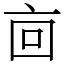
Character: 㐭